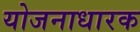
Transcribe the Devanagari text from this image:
योजनाधारक